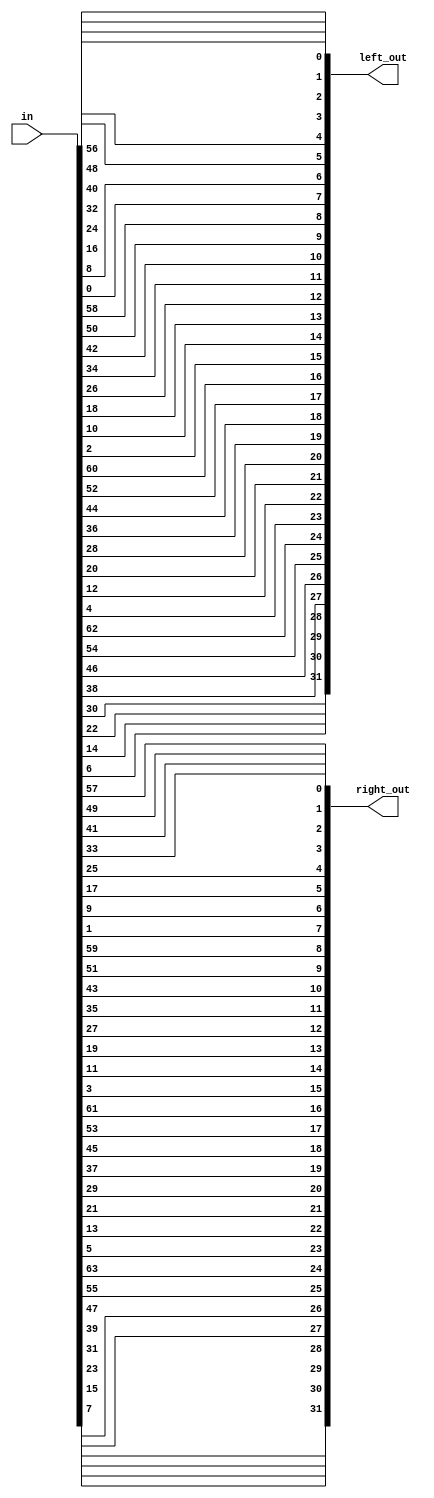
module IP (input [1:64] in, output reg [1:32] left_out, right_out);
	always @(in) begin
		left_out[1] <= in[58];
		left_out[2] <= in[50];
		left_out[3] <= in[42];
		left_out[4] <= in[34];
		left_out[5] <= in[26];
		left_out[6] <= in[18];
		left_out[7] <= in[10];
		left_out[8] <= in[2];
		
		left_out[9] <= in[60];
		left_out[10] <= in[52];
		left_out[11] <= in[44];
		left_out[12] <= in[36];
		left_out[13] <= in[28];
		left_out[14] <= in[20];
		left_out[15] <= in[12];
		left_out[16] <= in[4];
		
		left_out[17] <= in[62];
		left_out[18] <= in[54];
		left_out[19] <= in[46];
		left_out[20] <= in[38];
		left_out[21] <= in[30];
		left_out[22] <= in[22];
		left_out[23] <= in[14];
		left_out[24] <= in[6];
		
		left_out[25] <= in[64];
		left_out[26] <= in[56];
		left_out[27] <= in[48];
		left_out[28] <= in[40];
		left_out[29] <= in[32];
		left_out[30] <= in[24];
		left_out[31] <= in[16];
		left_out[32] <= in[8];
		
		right_out[1] <= in[57];
		right_out[2] <= in[49];
		right_out[3] <= in[41];
		right_out[4] <= in[33];
		right_out[5] <= in[25];
		right_out[6] <= in[17];
		right_out[7] <= in[9];
		right_out[8] <= in[1];
		
		right_out[9] <= in[59];
		right_out[10] <= in[51];
		right_out[11] <= in[43];
		right_out[12] <= in[35];
		right_out[13] <= in[27];
		right_out[14] <= in[19];
		right_out[15] <= in[11];
		right_out[16] <= in[3];
		
		right_out[17] <= in[61];
		right_out[18] <= in[53];
		right_out[19] <= in[45];
		right_out[20] <= in[37];
		right_out[21] <= in[29];
		right_out[22] <= in[21];
		right_out[23] <= in[13];
		right_out[24] <= in[5];
		
		right_out[25] <= in[63];
		right_out[26] <= in[55];
		right_out[27] <= in[47];
		right_out[28] <= in[39];
		right_out[29] <= in[31];
		right_out[30] <= in[23];
		right_out[31] <= in[15];
		right_out[32] <= in[7];
	end
endmodule